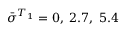
\bar { \sigma } ^ { T _ { 1 } } = 0 , \; 2 . 7 , \; 5 . 4